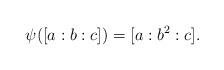
LaTeX: \begin{align*}\psi([a:b:c]) = [a:b^2:c].\end{align*}